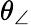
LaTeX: \theta_{\angle}